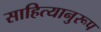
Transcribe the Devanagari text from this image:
साहित्यानुरूप